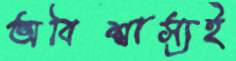
অবিশ্বাস্যই